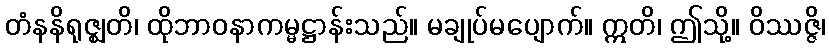
တံနနိရုဇ္ဈတိ၊ ထိုဘာဝနာကမ္မဋ္ဌာန်းသည်။ မချုပ်မပျောက်။ ဣတိ၊ ဤသို့။ ဝိဿဇ္ဇိ၊